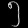
Digit: ၅